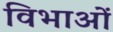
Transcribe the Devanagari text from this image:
विभाओं